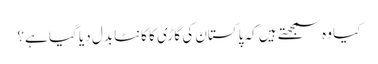
کیا وہ سمجھتے ہیں کہ پاکستان کی گاڑی کا کانٹا بدل دیا گیا ہے؟